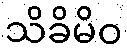
သိခိမိဝ